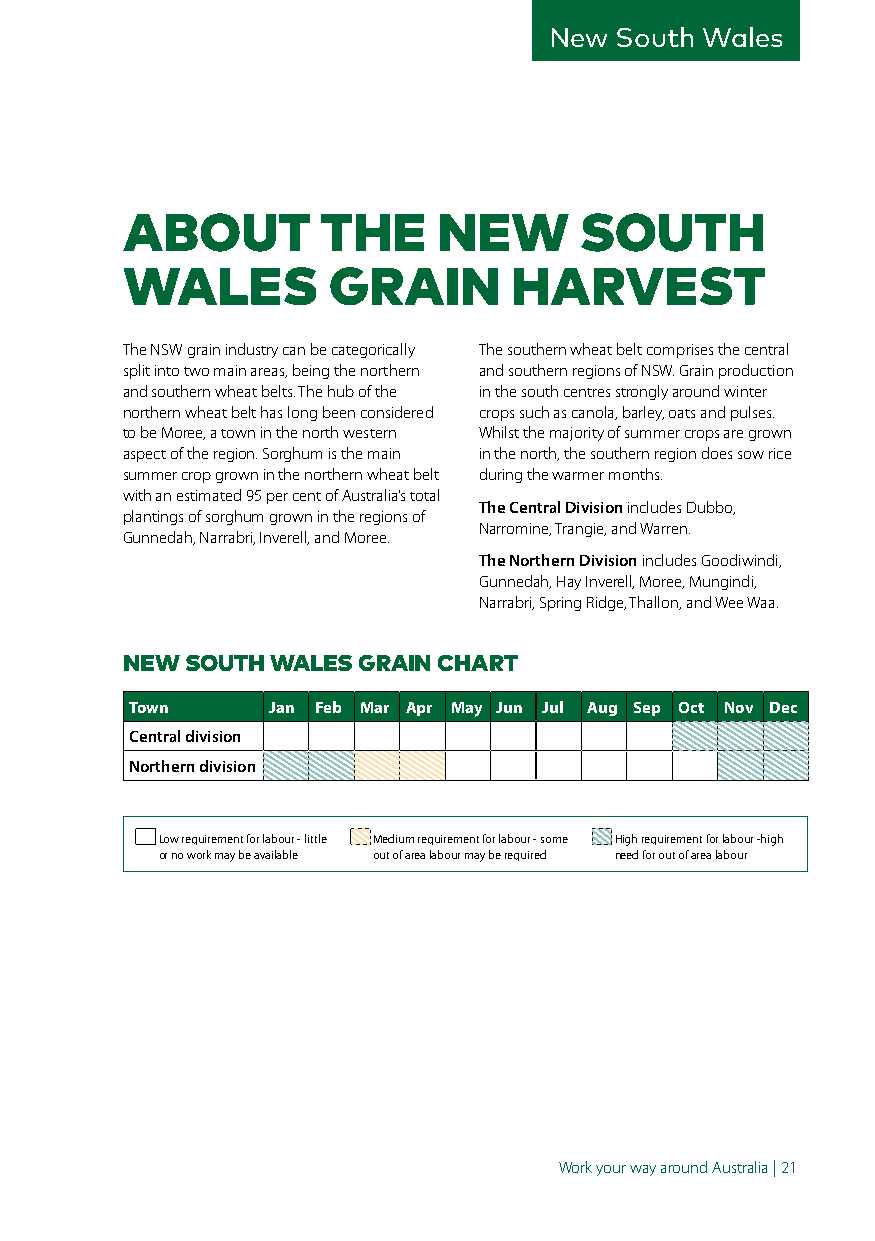
New  South Wales
 ABOUT        THE     NEW      SOUTH
 WALES         GRAIN       HARVEST
 The NSW grain industry can be categorically The southern wheat belt comprises the central
 split into two main areas, being the northern and southern regions of NSW. Grain production
 and southern wheat belts. The hub of the in the south centres strongly around winter
 northern wheat belt has long been considered crops such as canola, barley, oats and pulses.
 to be Moree, a town in the north western Whilst the majority of summer crops are grown
 aspect of the region. Sorghum is the main in the north, the southern region does sow rice
 summer crop grown in the northern wheat belt during the warmer months.
 with an estimated 95 per cent of Australia’s total
 The Central Division includes Dubbo,
 plantings of sorghum grown in the regions of
 Narromine, Trangie, and Warren.
 Gunnedah, Narrabri, Inverell, and Moree.
 The Northern Division includes Goodiwindi,
 Gunnedah, Hay Inverell, Moree, Mungindi,
 Narrabri, Spring Ridge, Thallon, and Wee Waa.
 NEW SOUTH WALES GRAIN CHART
 Town     Jan Feb Mar Apr May Jun Jul Aug Sep Oct Nov Dec
 Central division
 Northern division
 Low requirement for labour - little Medium requirement for labour - some High requirement for labour -high
 or no work may be available out of area labour may be required need for out of area labour
 Work your way around Australia | 21